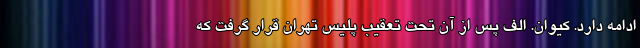
ادامه دارد. کیوان. الف پس از آن تحت تعقیب پلیس تهران قرار گرفت که